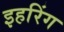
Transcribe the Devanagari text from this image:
इहरिंग